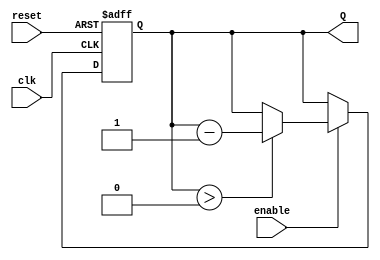
module binary_down_counter #(
    parameter N = 4 // Number of bits for the counter (default is 4 bits)
)(
    input wire clk,       // Clock input
    input wire reset,     // Asynchronous reset input
    input wire enable,    // Enable input
    output reg [N-1:0] Q  // Counter output
);

// Define the maximum count value based on the parameter N
localparam MAX_COUNT = (1 << N) - 1; // 2^N - 1

// Always block for the counter logic
always @(posedge clk or posedge reset) begin
    if (reset) begin
        Q <= MAX_COUNT; // Reset the counter to the maximum value
    end else if (enable) begin
        if (Q > 0) begin
            Q <= Q - 1; // Decrement the counter
        end
        // If Q is 0, it will remain 0 until reset
    end
end

// Initialize the counter
initial begin
    Q = MAX_COUNT; // Start from the maximum count value
end

endmodule